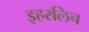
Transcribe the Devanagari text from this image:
इहरलिच